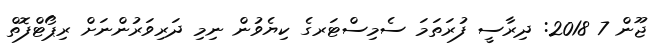
ޖޫން 7 2018: ދިރާސީ ފުރަތަމަ ސެމިސްޓަރގެ ކިޔެވުން ނިމި ދަރިވަރުންނަށް ރިޕޯޓްފޮތް